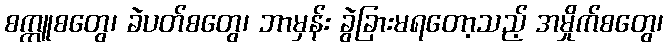
စက္ကူစတွေ၊ ခဲပတ်စတွေ၊ ဘာမှန်း ခွဲခြားမရတော့သည့် အမှိုက်စတွေ၊